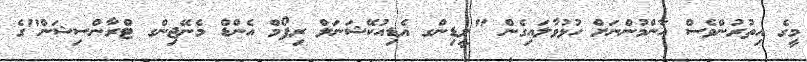
މީގެ އިތުރުންވެސް އާންމުންނަށް ހުޅުވާލައިގެން "ލީޑިންގ އެޑިއުކޭޝަނަލް ރިފޯމް އެންޑް މެނޭޖިންގ ޓްރާންސިޝަން"ގެ